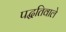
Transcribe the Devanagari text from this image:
पद्धतिवाले